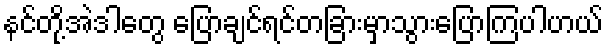
နင်တို့အဲဒါတွေ ပြောချင်ရင်တခြားမှာသွားပြောကြပါဟယ်